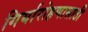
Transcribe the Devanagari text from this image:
गिर्यारोहणासाठी